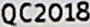
QC2018